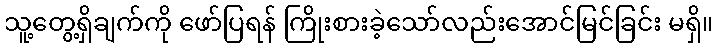
သူ့တွေ့ရှိချက်ကို ဖော်ပြရန် ကြိုးစားခဲ့သော်လည်းအောင်မြင်ခြင်း မရှိ။